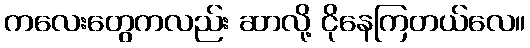
ကလေးတွေကလည်း ဆာလို့ ငိုနေကြတယ်လေ။